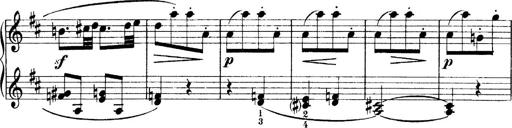
Title: 4 Sonatines
Composer: Max Reger